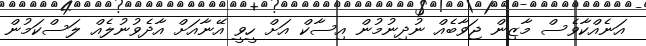
އަނެއްކާވެސް މާޒިން ޖަވާބެއް ނުދިނުމުން އިސާކް އަށް ހީވީ އޭނާއަށް އާދެވުނުލެއް ލަސްކަމުން